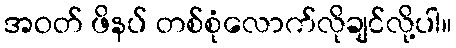
အဝတ် ဖိနပ် တစ်စုံလောက်လိုချင်လို့ပါ။